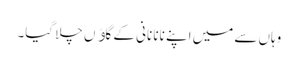
وہاں سے میں اپنے نانا نانی کے گاﺅں چلا گیا۔